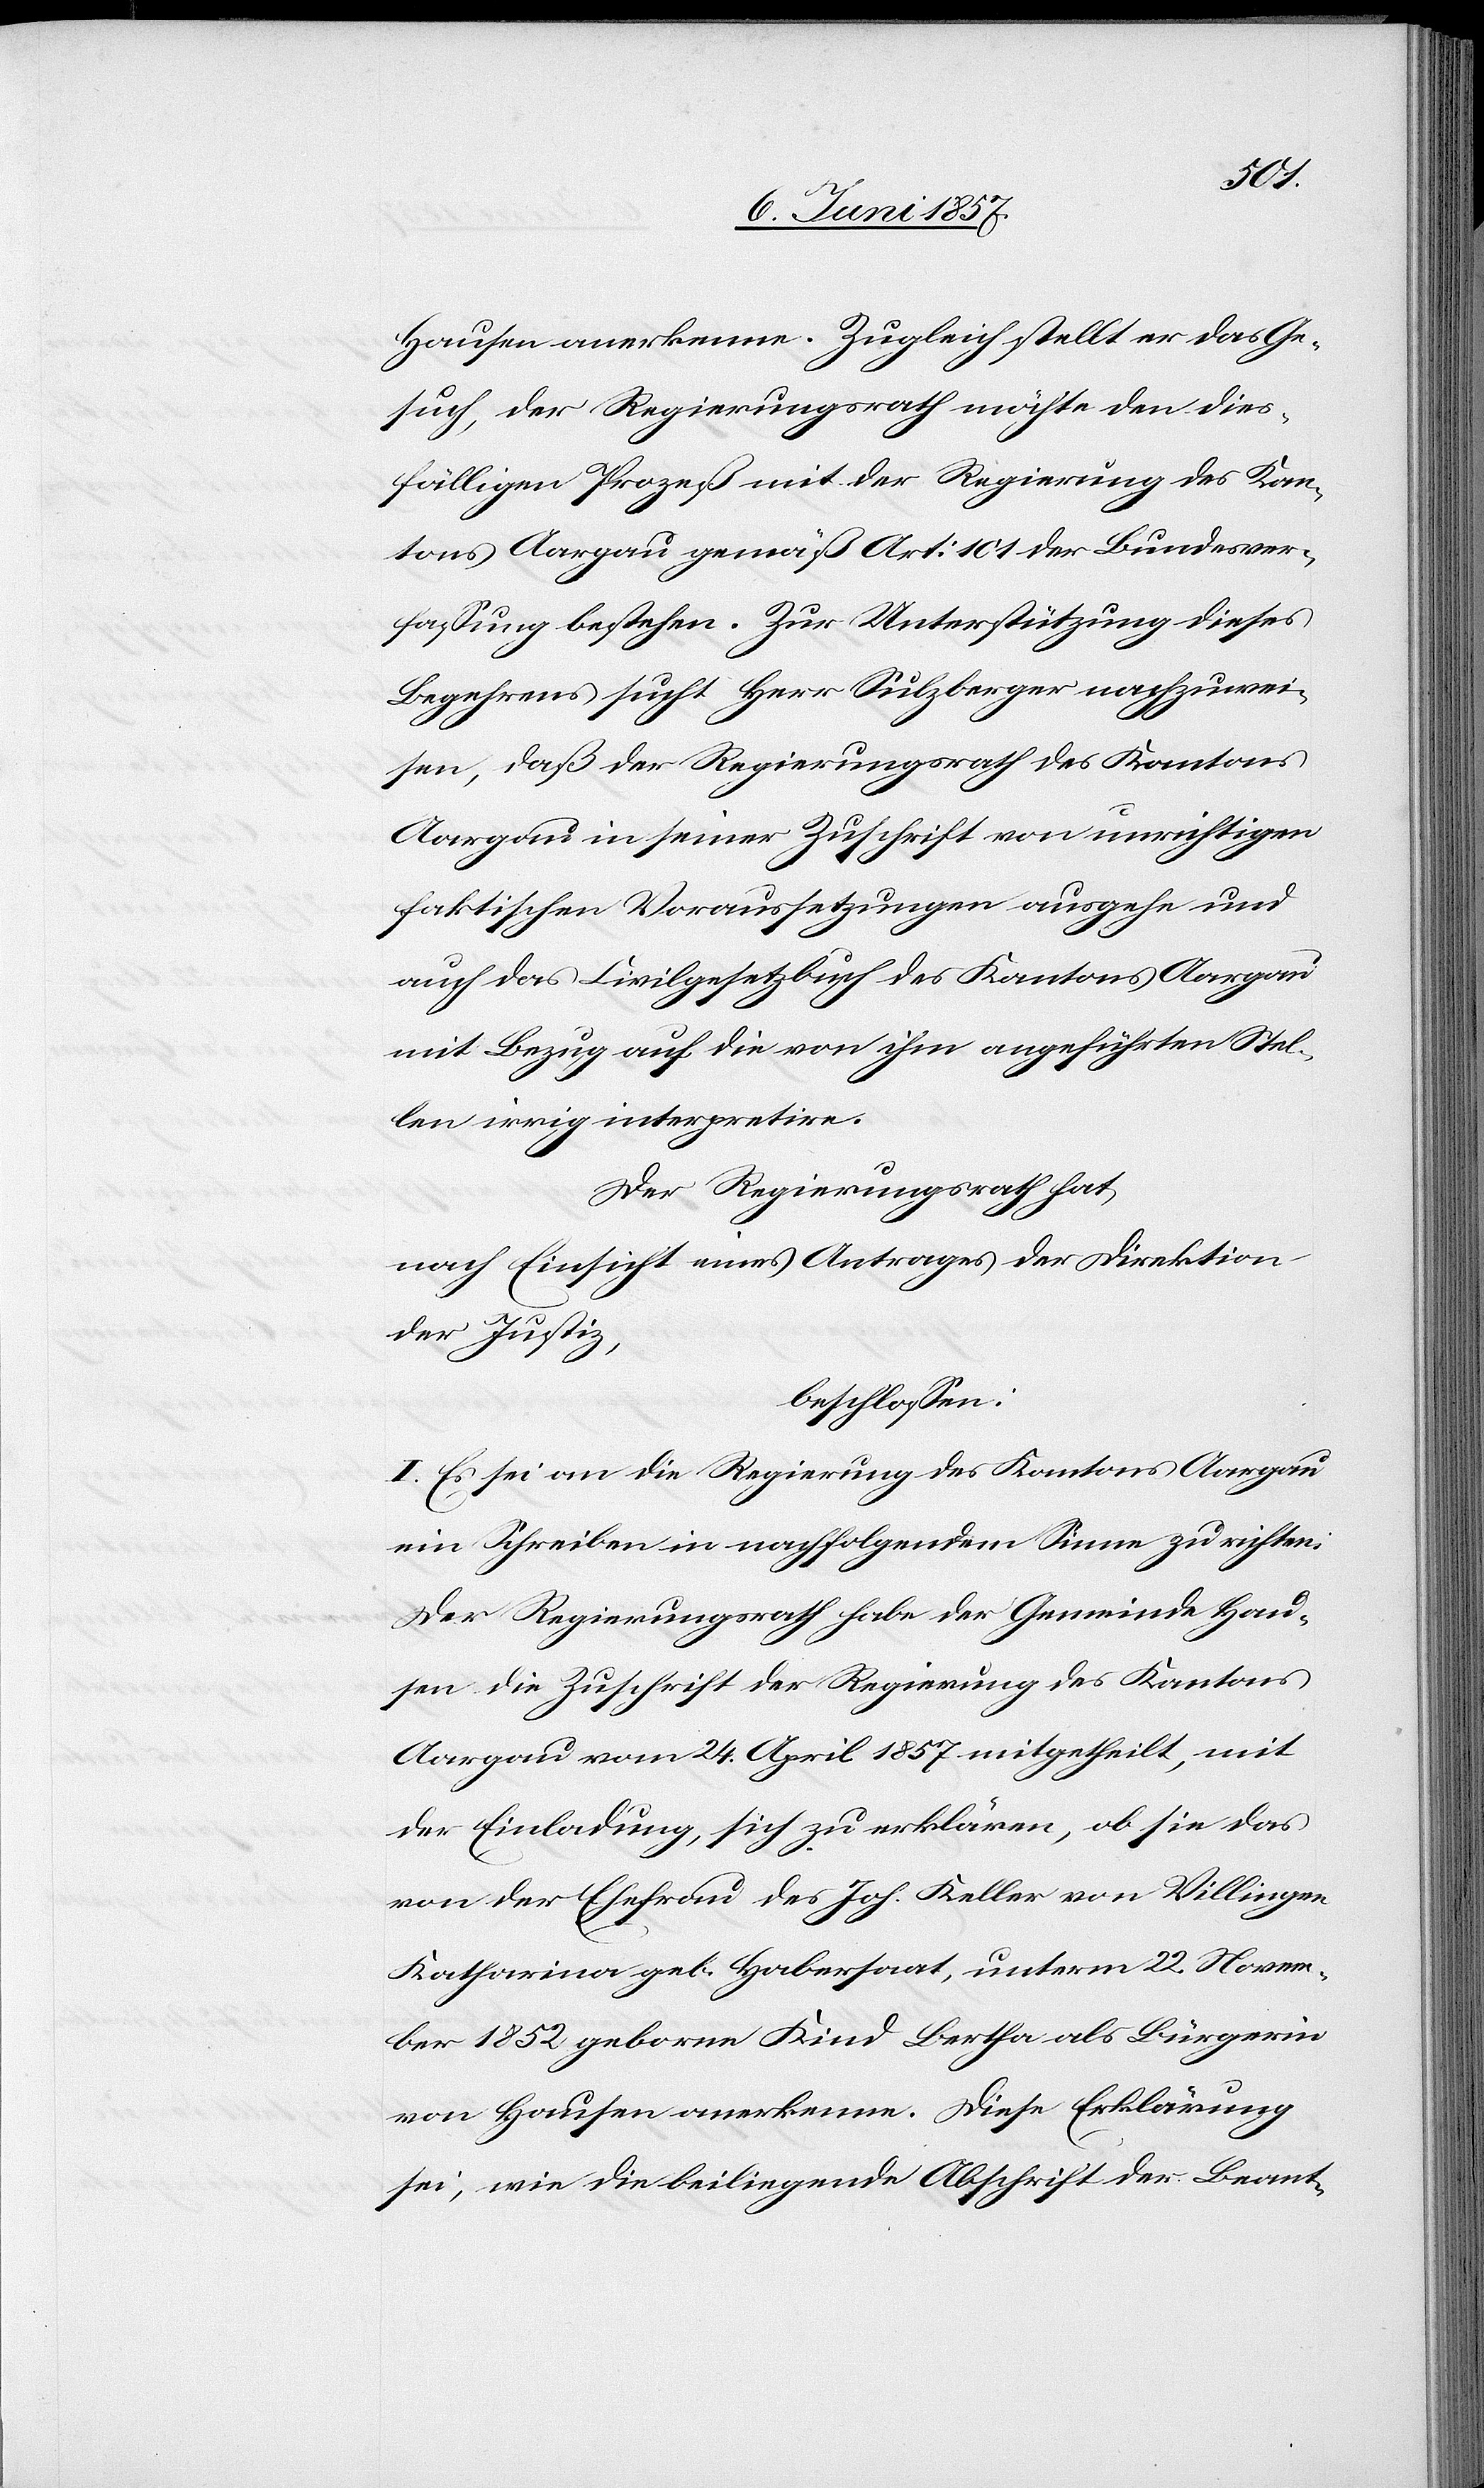
Hausen anerkenne. Zugleich stellt er das Ge¬
such, der Regierungsrath möchte den dies¬
fälligen Prozeß mit der Regierung des Kan¬
tons Aargau gemäß Art. 101 der Bundesver¬
fassung bestehen. Zur Unterstützung dieses
Begehrens sucht Herr Sulzberger nachzuwei¬
sen, daß der Regierungsrath des Kantons
Aargau in seiner Zuschrift von unrichtigen
faktischen Voraussetzungen ausgehe und
auch das Civilgesetzbuch des Kantons Aargau
mit Bezug auf die von ihm angeführten Stel¬
len irrig interpretire.
Der Regierungsrath hat,
nach Einsicht eines Antrages der Direktion
der Justiz,
beschlossen:
I. Es sei an die Regierung des Kantons Aargau
ein Schreiben in nachfolgendem Sinne zu richten.
Der Regierungsrath habe der Gemeinde Hau¬
sen die Zuschrift der Regierung des Kantons
Aargau vom 24 April 1857 mitgetheilt, mit
der Einladung, sich zu erklären, ob sie das
von der Ehefrau des Joh. Keller von Villingen
Katharina geb. Habersaat, unterm 22 Novem¬
ber 1852 geborne Kind Bertha als Bürgerin
von Hausen anerkenne. Diese Erklärung
sei, wie die beiliegende Abschrift der Beant-